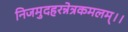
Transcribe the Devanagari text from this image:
निजमुदहरन्नेत्रकमलम्।।